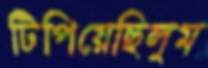
টিপিয়েছিলুম